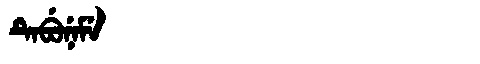
Manchu: ᡨᡝᠪᡠᠨᡝᠮᡝ
Romanization: TEBUNEME